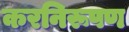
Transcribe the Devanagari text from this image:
करनिरूपण